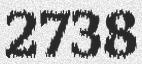
2738